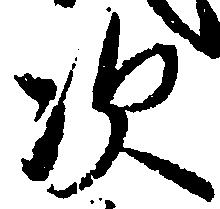
次